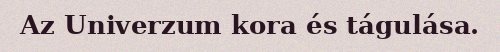
Az Univerzum kora és tágulása.